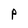
Character: P